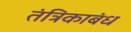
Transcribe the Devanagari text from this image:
तंत्रिकाबंध